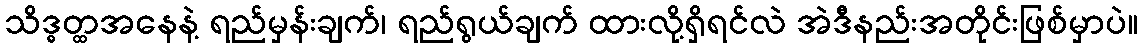
သိဒ္ဓတ္ထအနေနဲ့ ရည်မှန်းချက်၊ ရည်ရွယ်ချက် ထားလို့ရှိရင်လဲ အဲဒီနည်းအတိုင်းဖြစ်မှာပဲ။